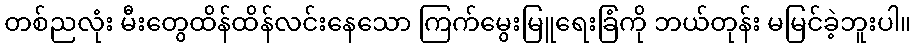
တစ်ညလုံး မီးတွေထိန်ထိန်လင်းနေသော ကြက်မွေးမြူရေးခြံကို ဘယ်တုန်း မမြင်ခဲ့ဘူးပါ။